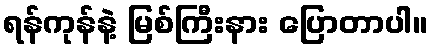
ရန်ကုန်နဲ့ မြစ်ကြီးနား ပြောတာပါ။